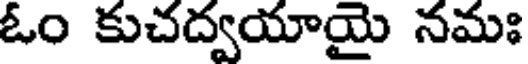
ఓం కుచద్వయాయై నమః